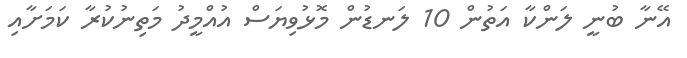
އޭނާ ބުނީ ލަންކާ އަތުން 10 ލަނޑުން މޮޅުވިޔަސް އުއްމީދު މަތިނުކުރާ ކަމަށާއި